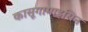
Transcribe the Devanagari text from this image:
कासूगामाइसिन